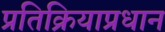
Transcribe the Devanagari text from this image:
प्रतिक्रियाप्रधान